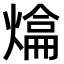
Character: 𤍼